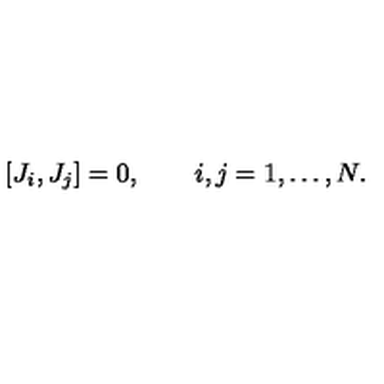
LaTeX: [ J _ { i } , J _ { j } ] = 0 , \qquad i , j = 1 , \dots , N .